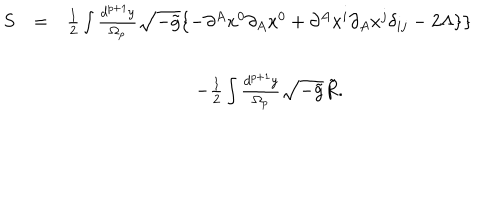
\begin{array} { c c c } { { S } } & { { = } } & { { \frac 1 2 \int \frac { d ^ { p + 1 } y } { \Omega _ { p } } \sqrt { - \tilde { g } } \{ - \partial ^ { A } x ^ { 0 } \partial _ { A } x ^ { 0 } + \partial ^ { A } x ^ { i } \partial _ { A } x ^ { j } \delta _ { i j } - 2 \Lambda \} \} } } \\ { { } } & { { } } & { { } } \\ { { } } & { { } } & { { - \frac 1 2 \int \frac { d ^ { p + 1 } y } { \Omega _ { p } } \sqrt { - \tilde { g } } \tilde { R } . } } \\ \end{array}